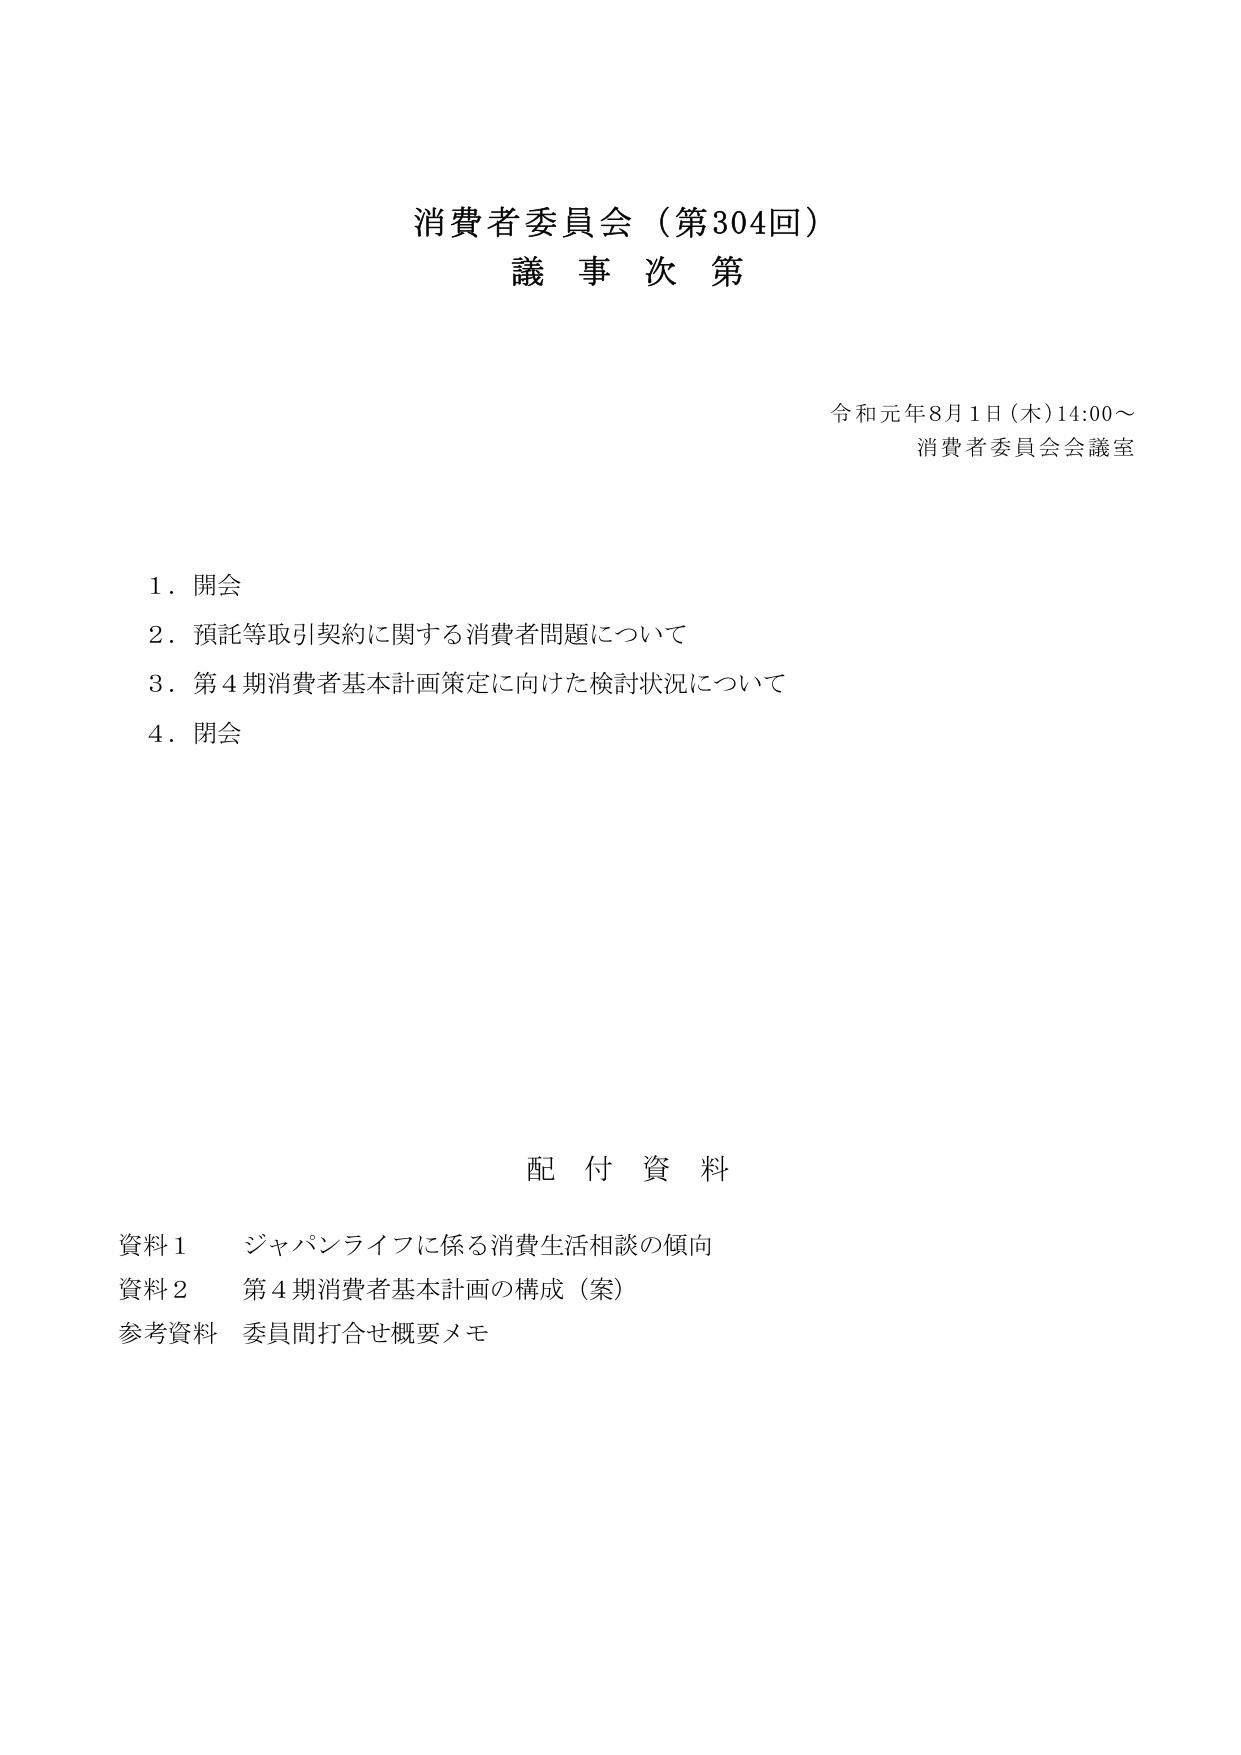
消費者委員会（第304回）
議事次第

令和元年8月1日（木）14:00～
消費者委員会会議室

1．開会
2．預託等取引契約に関する消費者問題について
3．第4期消費者基本計画策定に向けた検討状況について
4．閉会

配付資料

資料1 ジャパンライフに係る消費生活相談の傾向
資料2 第4期消費者基本計画の構成（案）
参考資料 委員間打合せ概要メモ